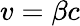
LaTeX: v=\beta c